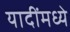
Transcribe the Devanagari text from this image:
यादींमध्ये